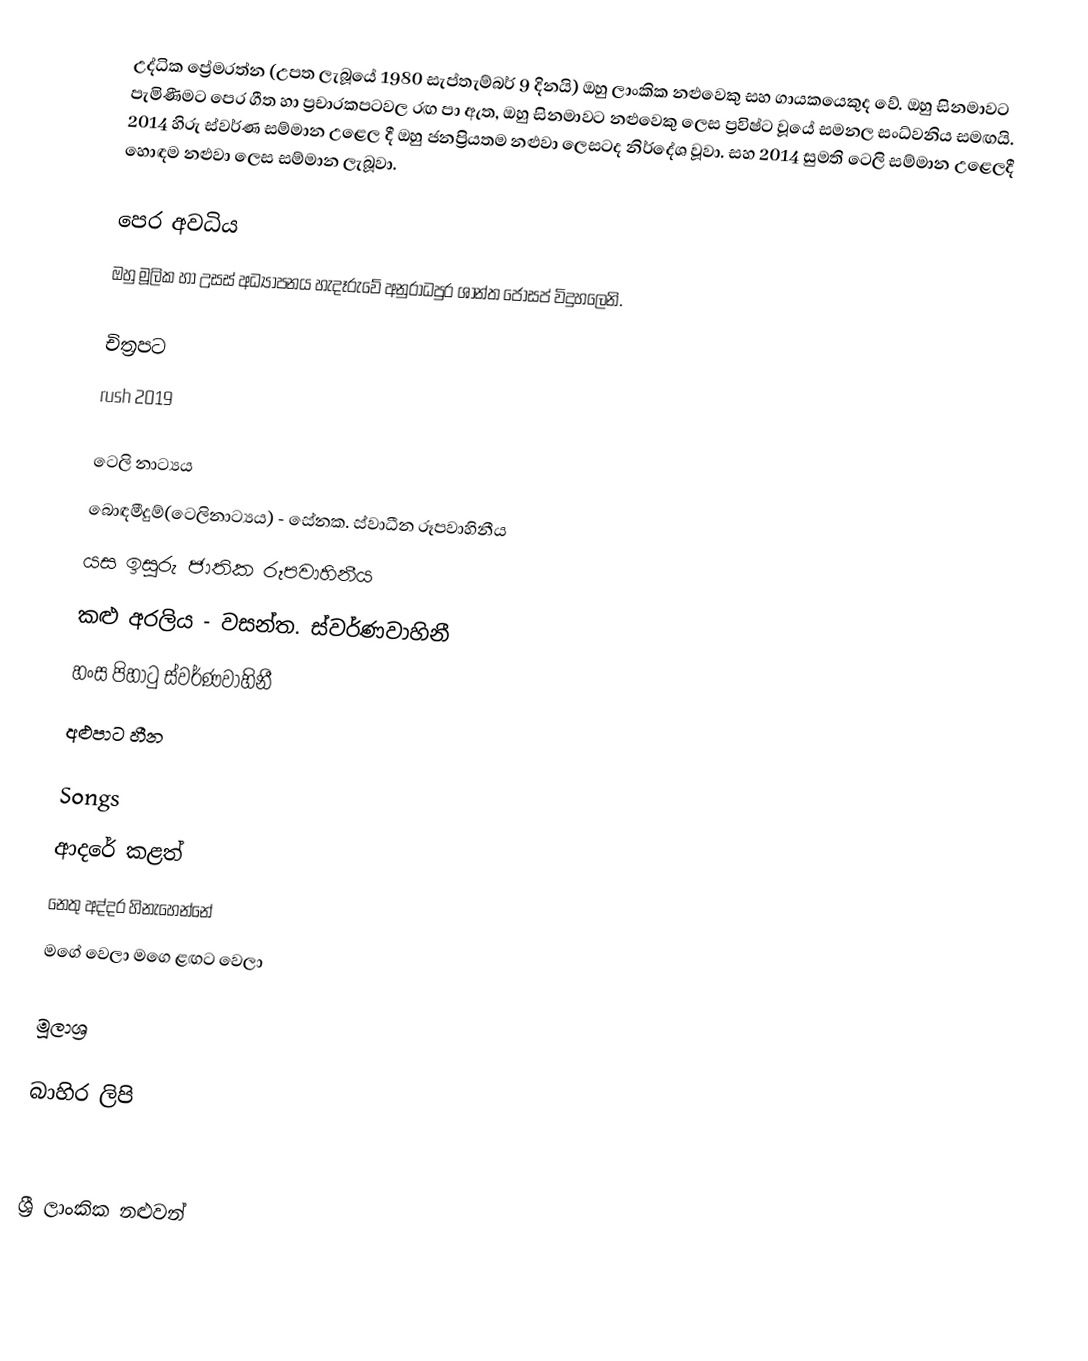
උද්ධික ප්‍රේමරත්න (උපත ලැබූයේ 1980 සැප්තැම්බර් 9 දිනයි) ඔහු ලාංකික නළුවෙකු සහ ගායකයෙකුද වේ. ඔහු සිනමාවට පැමිණීමට පෙර ගීත හා ප්‍රචාරකපටවල රඟ පා ඇත, ඔහු සිනමාවට නළුවෙකු ලෙස ප්‍රවිෂ්ට වූයේ සමනල සංධ්වනිය සමඟයි. 2014 හිරු ස්වර්ණ සම්මාන උළෙල දී ඔහු ජනප්‍රියතම නළුවා ලෙසටද නිර්දේශ වූවා.  සහ 2014 සුමති ටෙලි සම්මාන උළෙලදී හොඳම නළුවා ලෙස සම්මාන ලැබූවා.

පෙර අවධිය
ඔහු මූලික හා උසස් අධ්‍යාපනය හැදෑරුවේ අනුරාධපුර ශාන්ත ජෝසප් විදුහලෙනි.

චිත්‍රපට
rush 2019

ටෙලි නාට්‍යය
 බොඳමීදුම්(ටෙලිනාට්‍යය) - සේනක. ස්වාධීන රූපවාහිනීය
 යස ඉසුරු ජාතික රූපවාහිනීය
 කළු අරලිය - වසන්ත. ස්වර්ණවාහිනී
 හංස පිහාටු ස්වර්ණවාහිනී
 අළුපාට හීන

Songs
 ආදරේ කළත්
 නෙතු අද්දර හිනැහෙන්නේ
 මගේ වෙලා මගෙ ළඟට වෙලා

මූලාශ්‍ර

බාහිර ලිපි

ශ්‍රී ලාංකික නළුවන්